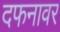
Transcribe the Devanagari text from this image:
दफनावर